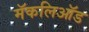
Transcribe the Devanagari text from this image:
मॅकलिऑड